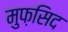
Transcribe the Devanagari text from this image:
मुफ़सिद